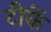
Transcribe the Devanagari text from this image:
टीकें